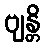
ဗျန္တိ